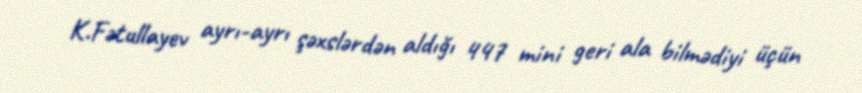
K.Fətullayev ayrı-ayrı şəxslərdən aldığı 447 mini geri ala bilmədiyi üçün